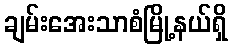
ချမ်းအေးသာစံမြို့နယ်ရှိ